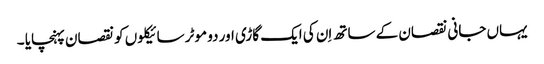
یہاں جانی نقصان کے ساتھ اِن کی ایک گاڑی اور دو موٹر سائیکلوں کو نقصان پہنچایا ۔